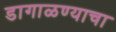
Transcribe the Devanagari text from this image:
डागाळण्याचा